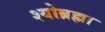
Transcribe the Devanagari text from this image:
श्योब्रह्मा